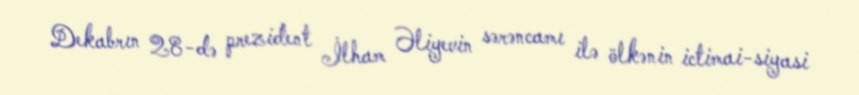
Dekabrın 28-də prezident İlham Əliyevin sərəncamı ilə ölkənin ictimai-siyasi